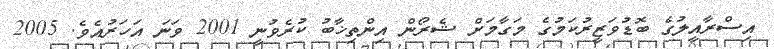
އިސްރާއީލުގެ ބޮޑުވަޒީރުކަމުގެ މަގާމަށް ޝެރޯން އިންތިޚާބު ކުރެވުނީ 2001 ވަނަ އަހަރުއެވެ. 2005